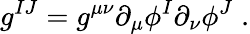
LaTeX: g^{IJ}=g^{\mu\nu}\partial_{\mu}\phi^{I}\partial_{\nu}\phi^{J}\; .